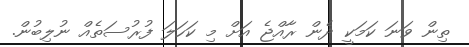
ތިން ވަނަ ކަމަކީ ދެން ރާއްޖެ އަށް މި ކަހަލަ ފުރުސަތެއް ނުލިބުން.